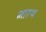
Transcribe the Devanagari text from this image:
भारथ